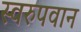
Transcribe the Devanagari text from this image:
स्वरुपवान